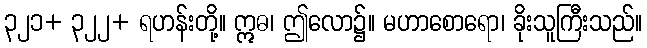
၃၂၁+ ၃၂၂+ ရဟန်းတို့။ ဣဓ၊ ဤလော၌။ မဟာစောရော၊ ခိုးသူကြီးသည်။